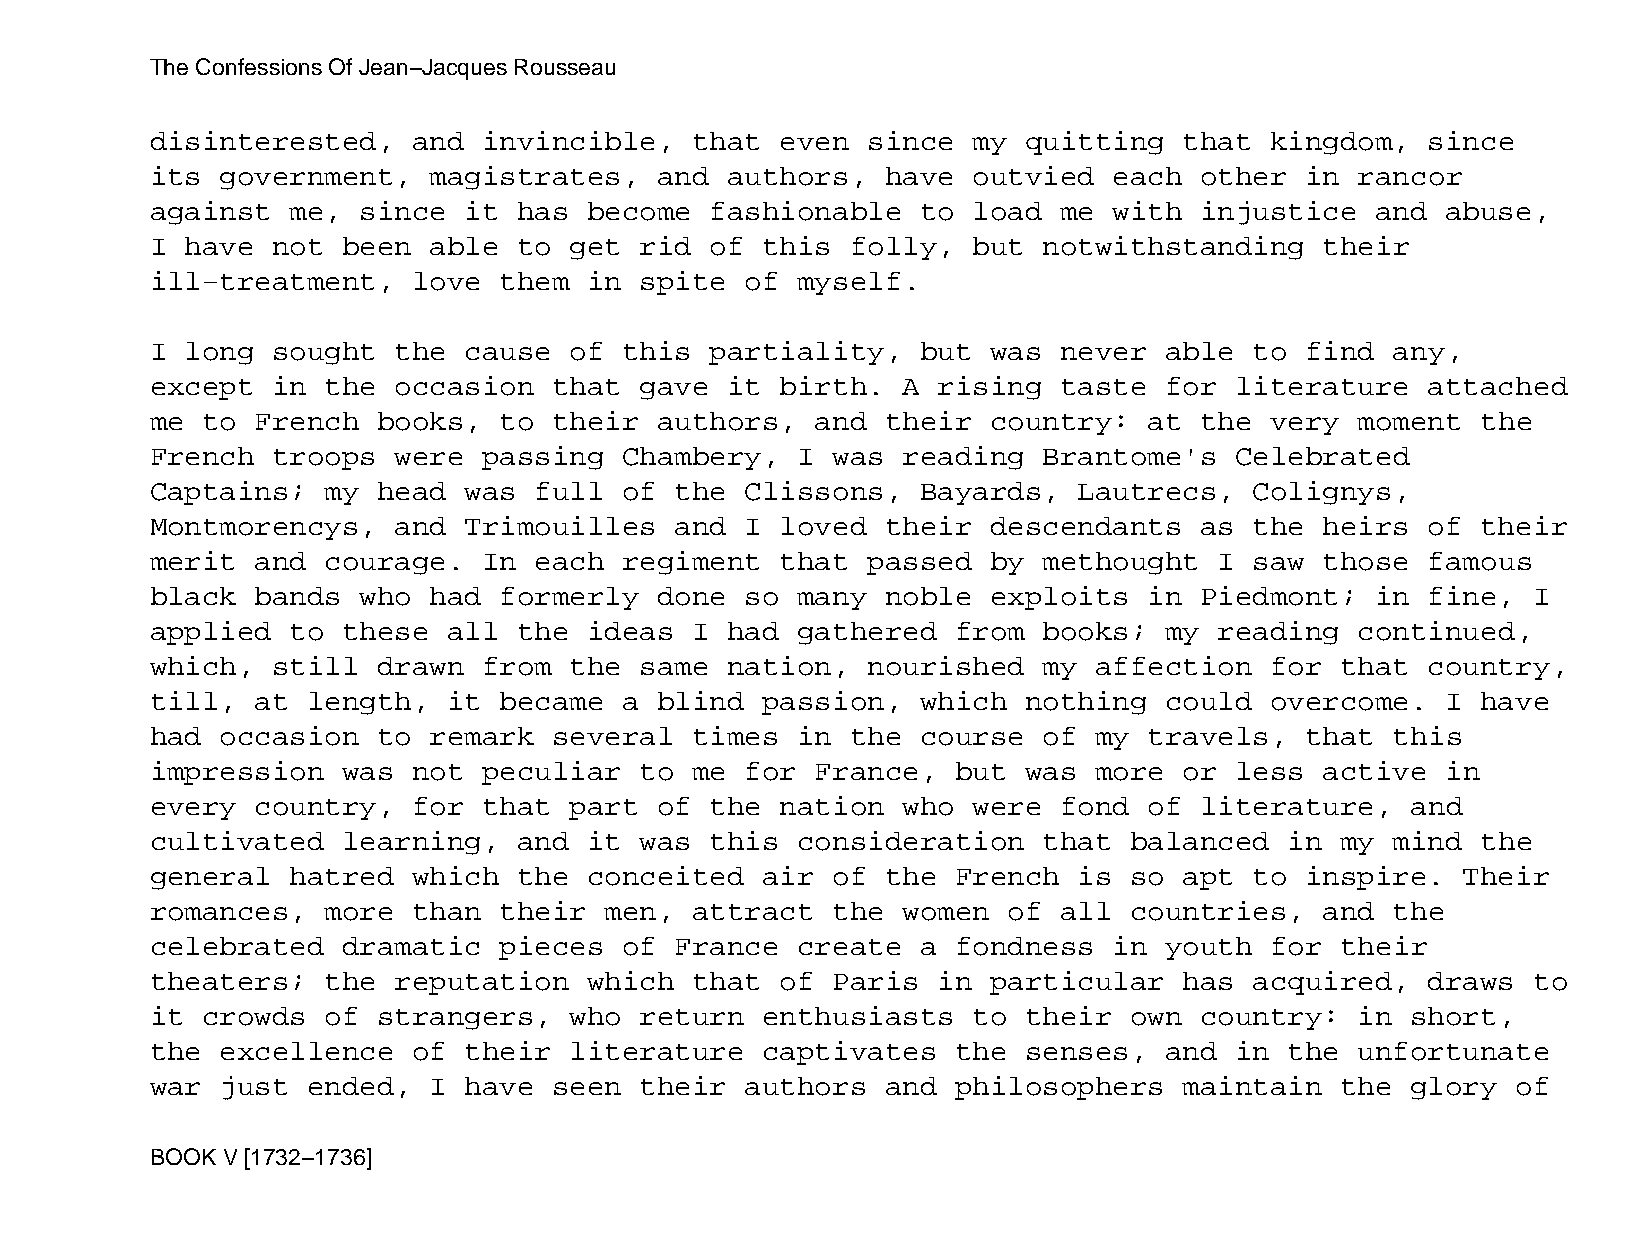
The Confessions Of Jean−Jacques Rousseau
 disinterested,   and  invincible,   that  even since  my  quitting  that  kingdom,   since
 its  government,  magistrates,    and authors,   have outvied   each other  in  rancor
 against  me,  since  it has  become  fashionable   to load  me  with injustice   and  abuse,
 I have  not  been able  to  get rid  of this  folly,  but  notwithstanding    their
 ill−treatment,   love  them  in spite  of  myself.
 I long  sought  the  cause  of this  partiality,   but  was never  able  to find  any,
 except  in  the occasion   that gave  it  birth.  A rising  taste  for  literature   attached
 me to  French  books,  to  their  authors,  and  their  country:  at the  very  moment  the
 French  troops  were  passing  Chambery,   I was  reading  Brantome's   Celebrated
 Captains;   my head  was full  of  the Clissons,   Bayards,  Lautrecs,   Colignys,
 Montmorencys,   and  Trimouilles   and I  loved  their  descendants  as  the  heirs  of their
 merit  and  courage.  In each  regiment   that passed   by methought   I saw  those  famous
 black  bands  who had  formerly   done so  many  noble  exploits  in Piedmont;   in  fine, I
 applied  to  these  all the  ideas  I had  gathered  from  books;  my  reading  continued,
 which,  still  drawn  from  the same  nation,  nourished   my affection   for  that  country,
 till,  at length,   it became  a  blind passion,   which  nothing  could  overcome.   I have
 had  occasion  to remark   several  times  in the  course  of my  travels,  that  this
 impression   was not  peculiar  to  me for  France,  but  was more  or  less  active  in
 every  country,  for  that  part  of the  nation  who were  fond  of literature,   and
 cultivated   learning,  and  it was  this  consideration   that  balanced  in  my mind  the
 general  hatred  which  the  conceited  air  of  the French  is  so apt  to inspire.   Their
 romances,   more than  their  men,  attract  the  women  of all  countries,   and the
 celebrated   dramatic  pieces  of  France  create  a fondness   in youth  for  their
 theaters;   the reputation   which  that  of Paris  in  particular  has  acquired,   draws to
 it crowds   of strangers,   who return  enthusiasts   to  their  own country:   in short,
 the  excellence  of  their  literature  captivates   the  senses,  and  in the  unfortunate
 war  just ended,  I  have  seen their  authors   and philosophers   maintain   the glory  of
 BOOK V [1732−1736]